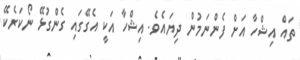
ތައް އިޝްހާ އަށް ފެންނަމުން ދިޔައެވެ. އިޝްހާ އަކީ އެގޭގައި ގެންގުޅޭ ނޯކަރެކޭ